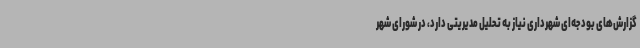
گزارش‌های بودجه‌ای شهرداری نیاز به تحلیل مدیریتی دارد، در شورای شهر